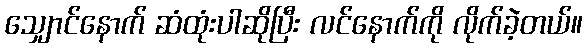
သျှောင်နောက် ဆံထုံးပါဆိုပြီး လင်နောက်ကို လိုက်ခဲ့တယ်။